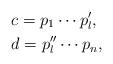
LaTeX: \begin{align*}&c = p_1\cdots p_l^{\prime},\\&d = p_l^{\prime\prime}\cdots p_n,\end{align*}